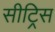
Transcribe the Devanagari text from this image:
सीट्रिस